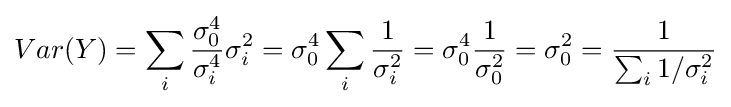
Var(Y)=\sum _{i}{\frac {\sigma _{0}^{4}}{\sigma _{i}^{4}}}\sigma _{i}^{2}=\sigma _{0}^{4}\sum _{i}{\frac {1}{\sigma _{i}^{2}}}=\sigma _{0}^{4}{\frac {1}{\sigma _{0}^{2}}}=\sigma _{0}^{2}={\frac {1}{\sum _{i}1/\sigma _{i}^{2}}}